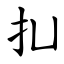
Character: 㧄